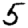
Digit: 5